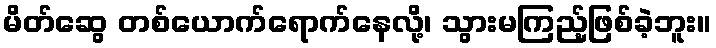
မိတ်ဆွေ တစ်ယောက်ရောက်နေလို့၊ သွားမကြည့်ဖြစ်ခဲ့ဘူး။